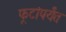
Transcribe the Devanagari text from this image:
फूटांपर्यंत